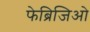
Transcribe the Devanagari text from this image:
फेब्रिजिओ